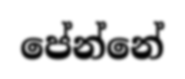
පේන්නේ